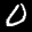
Label: 0